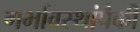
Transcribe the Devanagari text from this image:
गर्भावस्थांपैकी